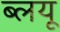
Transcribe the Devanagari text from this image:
ब्लयू